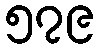
၅၇၉